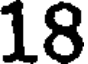
18